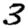
Digit: 3